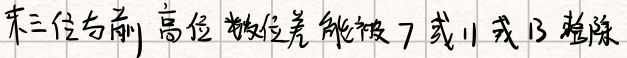
末三位与前高位数之差能被 \(7\) 或 \(11\) 或 \(13\) 整除